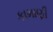
કામાણી